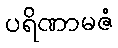
ပရိဏာမဇံ